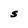
Character: S